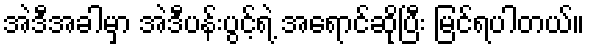
အဲဒီအခါမှာ အဲဒီပန်းပွင့်ရဲ့ အရောင်ဆိုပြီး မြင်ရပါတယ်။